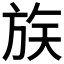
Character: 𪯶